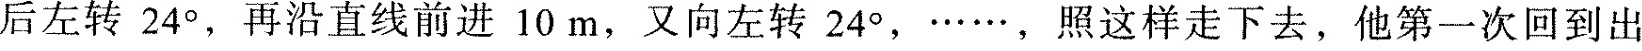
后左转24°，再沿直线前进10m，又向左转24°，……，照这样走下去，他第一次回到出